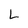
Character: L